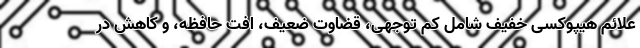
علائم هیپوکسی خفیف شامل کم توجهی، قضاوت ضعیف، افت حافظه، و کاهش در